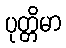
ပုတ္တိမာ